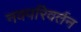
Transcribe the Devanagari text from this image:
नवपरिवर्तन